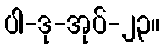
ပါ-ဒု-အုပ်-၂၃။